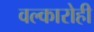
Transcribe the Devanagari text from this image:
वल्कारोही